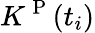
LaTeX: K^{\mathrm{~P~}}(t_{i})